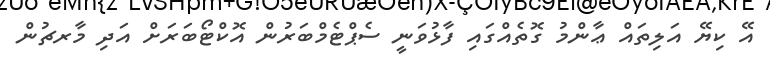
އޭ ކިޔޭ އަލިތައް ޢާންމު ގޮތެއްގައި ފާޅުވަނީ ސެޕްޓެމްބަރުން އޮކްޓޯބަރަށް އަދި މާރޗުން